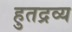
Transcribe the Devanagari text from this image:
हुतद्रव्य